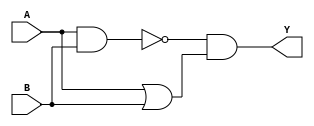
module XORG_1(input A,input B,output Y); // XOR Gate as a combination of NAND GATE + NOR GATE + NON-IMPLICATION GATE
wire A_w;
wire B_w;
assign A_w = ~(A & B); // NAND GATE
assign B_w = ~(A | B); // NOR GATE
assign Y = A_w & ~B_w; // NON-IMPLICATION GATE
endmodule